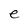
Character: e